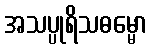
အသပ္ပုရိသဓမ္မော